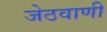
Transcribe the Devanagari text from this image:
जेठवाणी